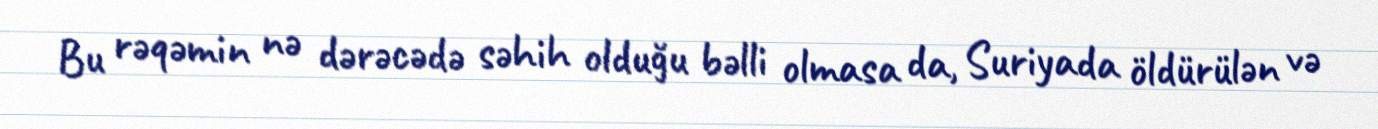
Bu rəqəmin nə dərəcədə səhih olduğu bəlli olmasa da, Suriyada öldürülən və